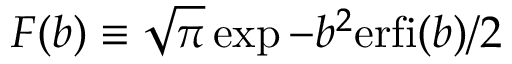
F ( b ) \equiv \sqrt { \pi } \exp { - b ^ { 2 } } \mathrm { e r f i } ( b ) / 2